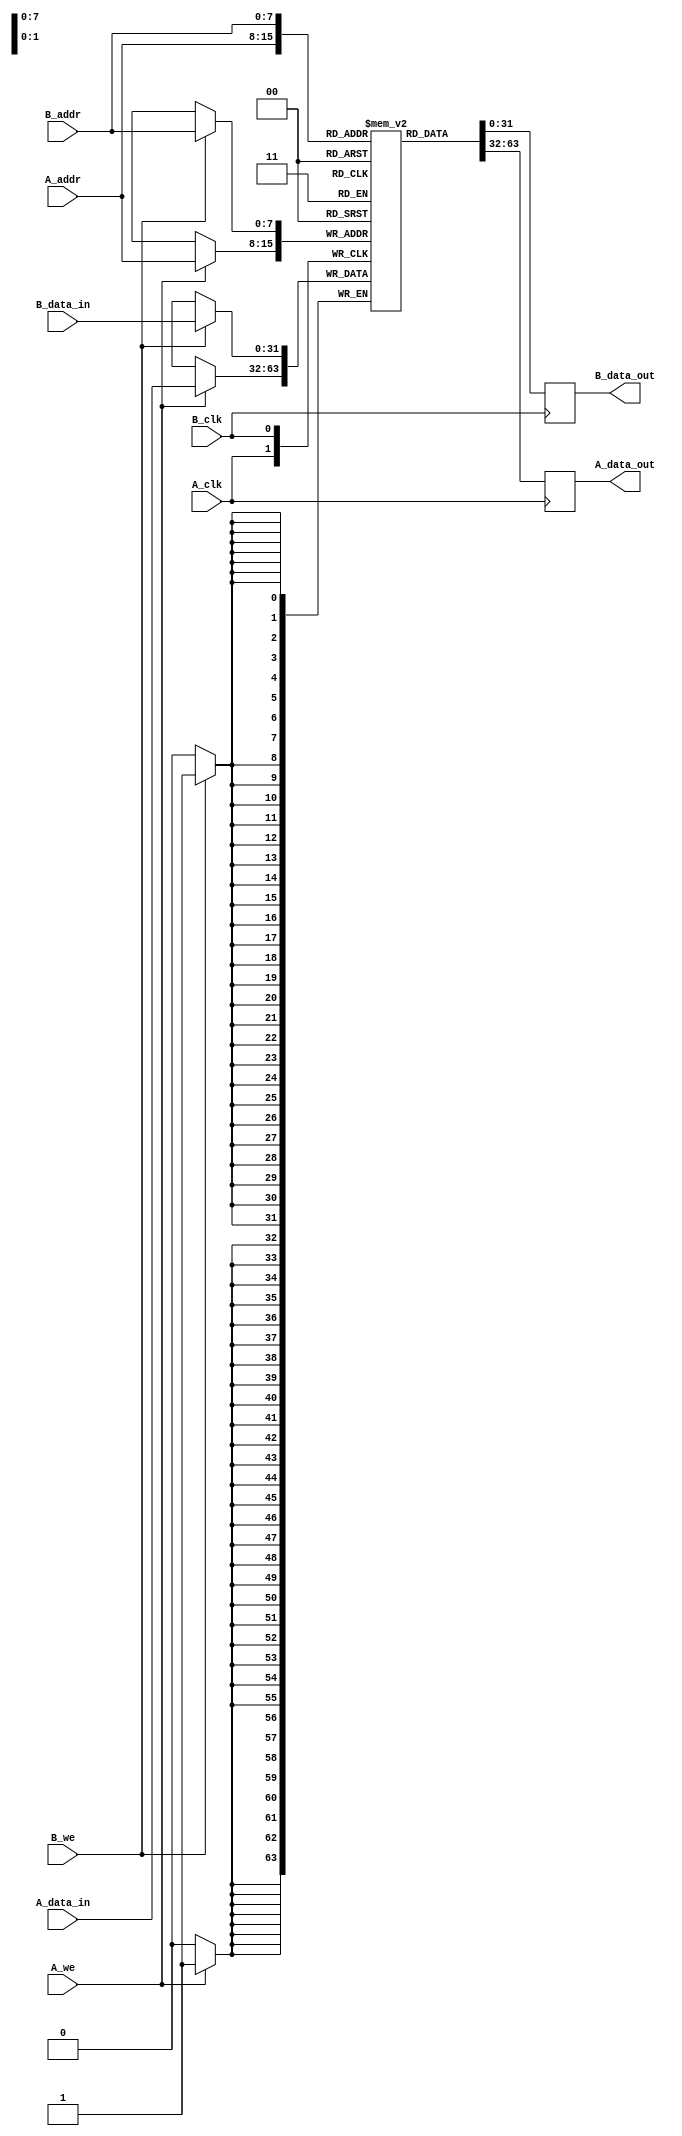
module dual_port_bram #(
    parameter DATA_WIDTH = 32,   // Configurable data width
    parameter DEPTH = 256         // Configurable depth
)(
    // Port A
    input wire [clog2(DEPTH)-1:0] A_addr,
    input wire [DATA_WIDTH-1:0] A_data_in,
    input wire A_we,
    input wire A_clk,
    output reg [DATA_WIDTH-1:0] A_data_out,

    // Port B
    input wire [clog2(DEPTH)-1:0] B_addr,
    input wire [DATA_WIDTH-1:0] B_data_in,
    input wire B_we,
    input wire B_clk,
    output reg [DATA_WIDTH-1:0] B_data_out
);

    // Memory array
    reg [DATA_WIDTH-1:0] mem [0:DEPTH-1];

    // Port A operation
    always @(posedge A_clk) begin
        if (A_we) begin
            mem[A_addr] <= A_data_in; // Write operation
        end
        A_data_out <= mem[A_addr]; // Read operation
    end

    // Port B operation
    always @(posedge B_clk) begin
        if (B_we) begin
            mem[B_addr] <= B_data_in; // Write operation
        end
        B_data_out <= mem[B_addr]; // Read operation
    end

    // Memory initialization (optional)
    initial begin
        // You can initialize memory here if needed
        // Example: mem[0] = 32'hDEADBEEF;
    end

    // Function to calculate clog2
    function integer clog2;
        input integer value;
        begin
            value = value - 1;
            for (clog2 = 0; value > 0; clog2 = clog2 + 1)
                value = value >> 1;
        end
    endfunction

endmodule